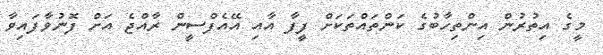
މީގެ އިތުރުން އިންތިހާބުގެ ކަންތައްތަކަށް ފީފާ އާއި އޭއެފްސީން ރާއްޖެ އަށް ފޮނުވާފައިވާ